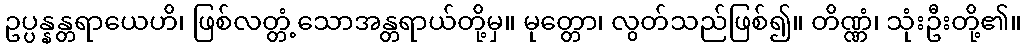
ဥပ္ပန္နန္တရာယေဟိ၊ ဖြစ်လတ္တံ့သောအန္တရာယ်တို့မှ။ မုတ္တော၊ လွတ်သည်ဖြစ်၍။ တိဏ္ဏံ၊ သုံးဦးတို့၏။